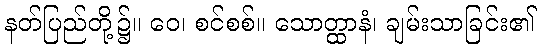
နတ်ပြည်တို့၌။ ဝေ၊ စင်စစ်။ သောတ္ထာနံ၊ ချမ်းသာခြင်း၏